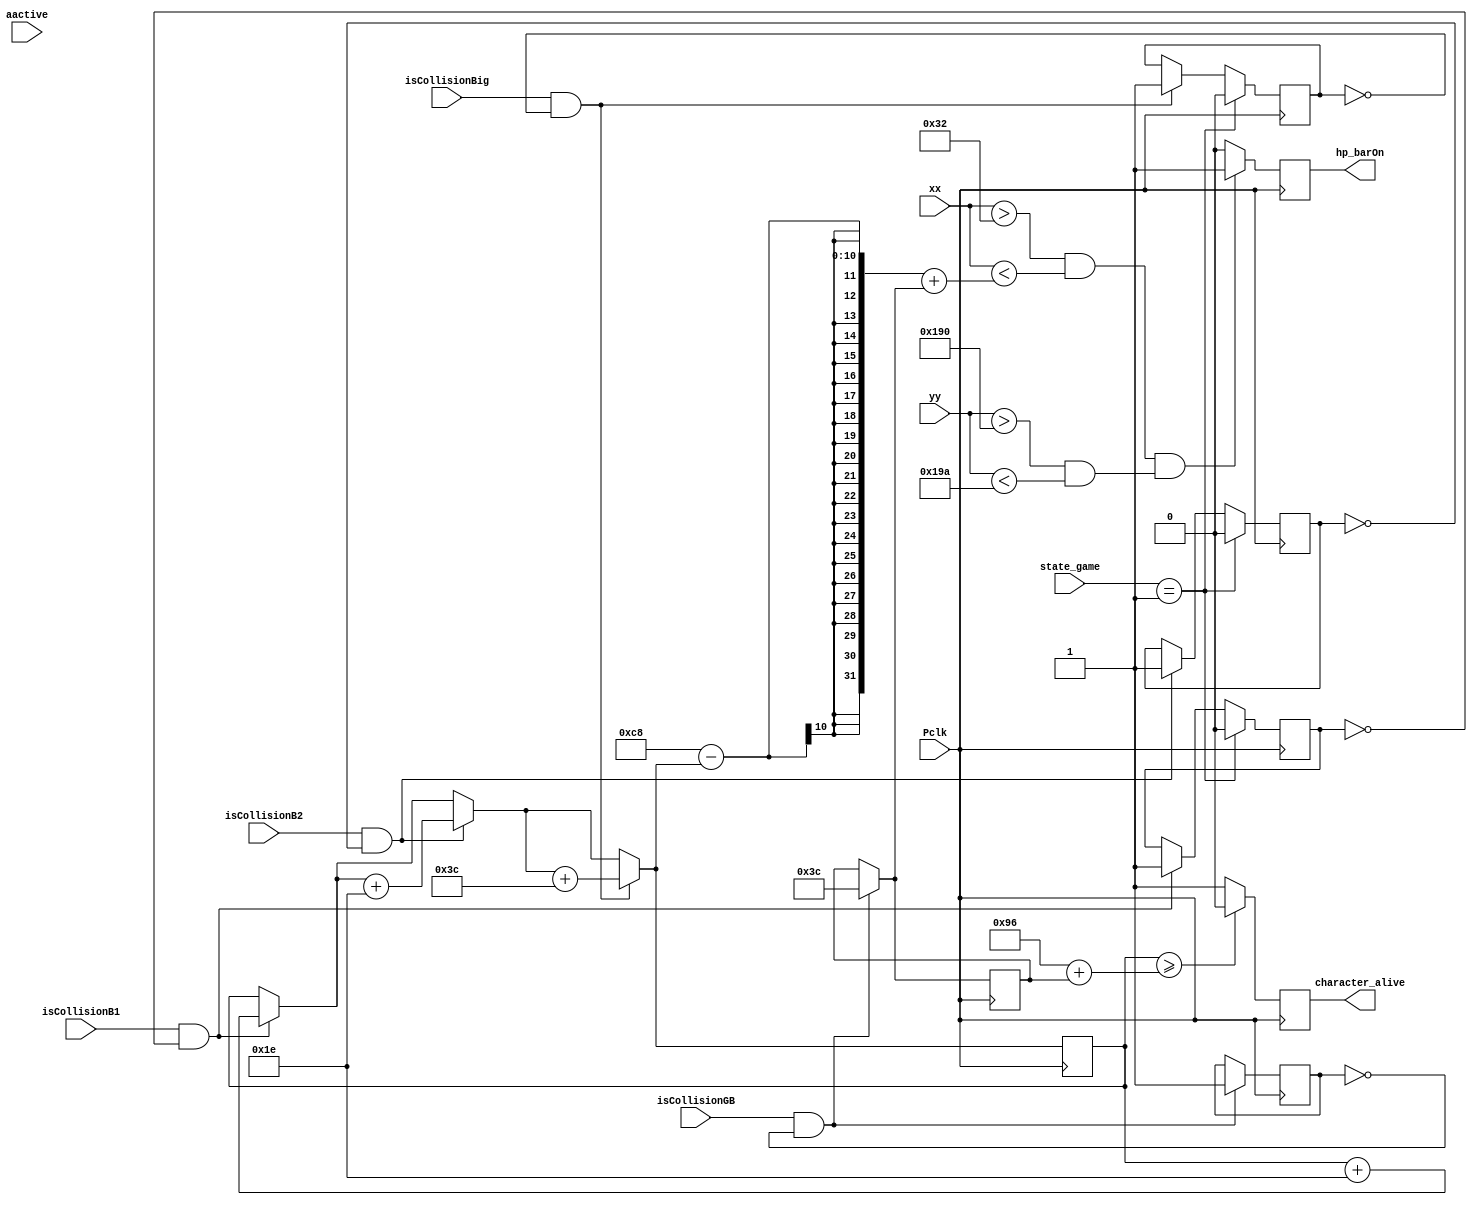
module hp_bar(
    input wire [9:0] xx,
    input wire [9:0] yy,
    input wire aactive,
    output reg hp_barOn, 
    output reg character_alive,
    input wire isCollisionB1,
    input wire isCollisionB2,
    input wire isCollisionGB,
    input wire isCollisionBig,
    input wire [1:0] state_game,
    input wire Pclk 
    );
    reg [9:0] stack_damage =0;
    reg character_alive = 1;
    reg check_onceB1 = 0;
    reg check_onceB2 = 0;
    reg check_onceGB = 0;
    reg check_onceBig = 0;
    reg [9:0] heal =0;
    
    always @(posedge Pclk)
        begin
            if(isCollisionB1==1 && check_onceB1 == 0)
            begin
                stack_damage = stack_damage + 30;
                check_onceB1 = 1;
            end
            
            if(isCollisionB2==1 && check_onceB2 == 0)
            begin
                stack_damage = stack_damage + 30;
                check_onceB2 = 1;
            end
            
            if(isCollisionBig==1 && check_onceBig == 0)
            begin
                stack_damage = stack_damage + 60;
                check_onceBig = 1;
            end
            
            if(isCollisionGB==1 && check_onceGB == 0)
            begin
                heal = 60;
                check_onceGB = 1;
            end
            
            if(state_game ==1)
            begin
                check_onceB1 = 0;
                check_onceB2 = 0;
                check_onceBig = 0;
            end
            
            if (((xx>50 && xx<200-stack_damage+heal) && (yy>400 && yy<410)))
                begin
                hp_barOn <= 1;
                end
            else
                begin
                hp_barOn <= 0;
                end
        end
    always @(posedge Pclk)
    begin
    if(stack_damage >= 150+heal)
                begin
                    character_alive =0;
                end
    else
    begin
        character_alive =1;
    end

    end
 
endmodule